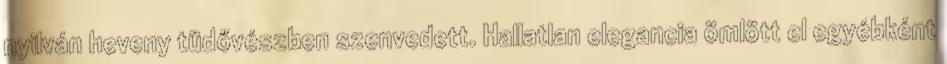
nyilván heveny tüdővészben szenvedett. Hallatlan elegancia ömlött el egyébként